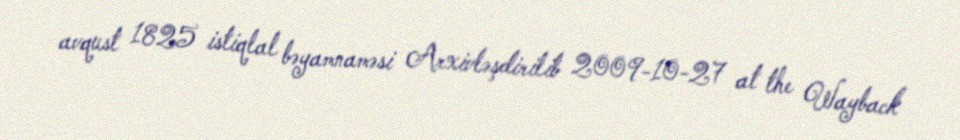
avqust 1825 istiqlal bəyamnaməsi Arxivləşdirilib 2009-10-27 at the Wayback